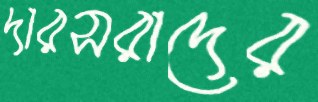
দারসরাদের